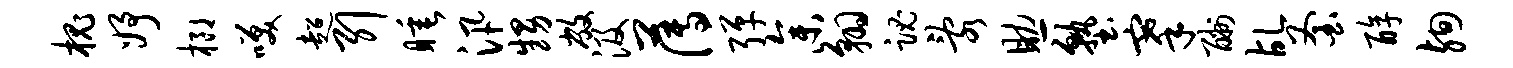
槐妤榔笑超引睡汛甥敝汲薄弹参翱魂乱助塾搴酬乩釜醇殉